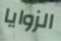
الزوايا